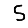
Digit: 5